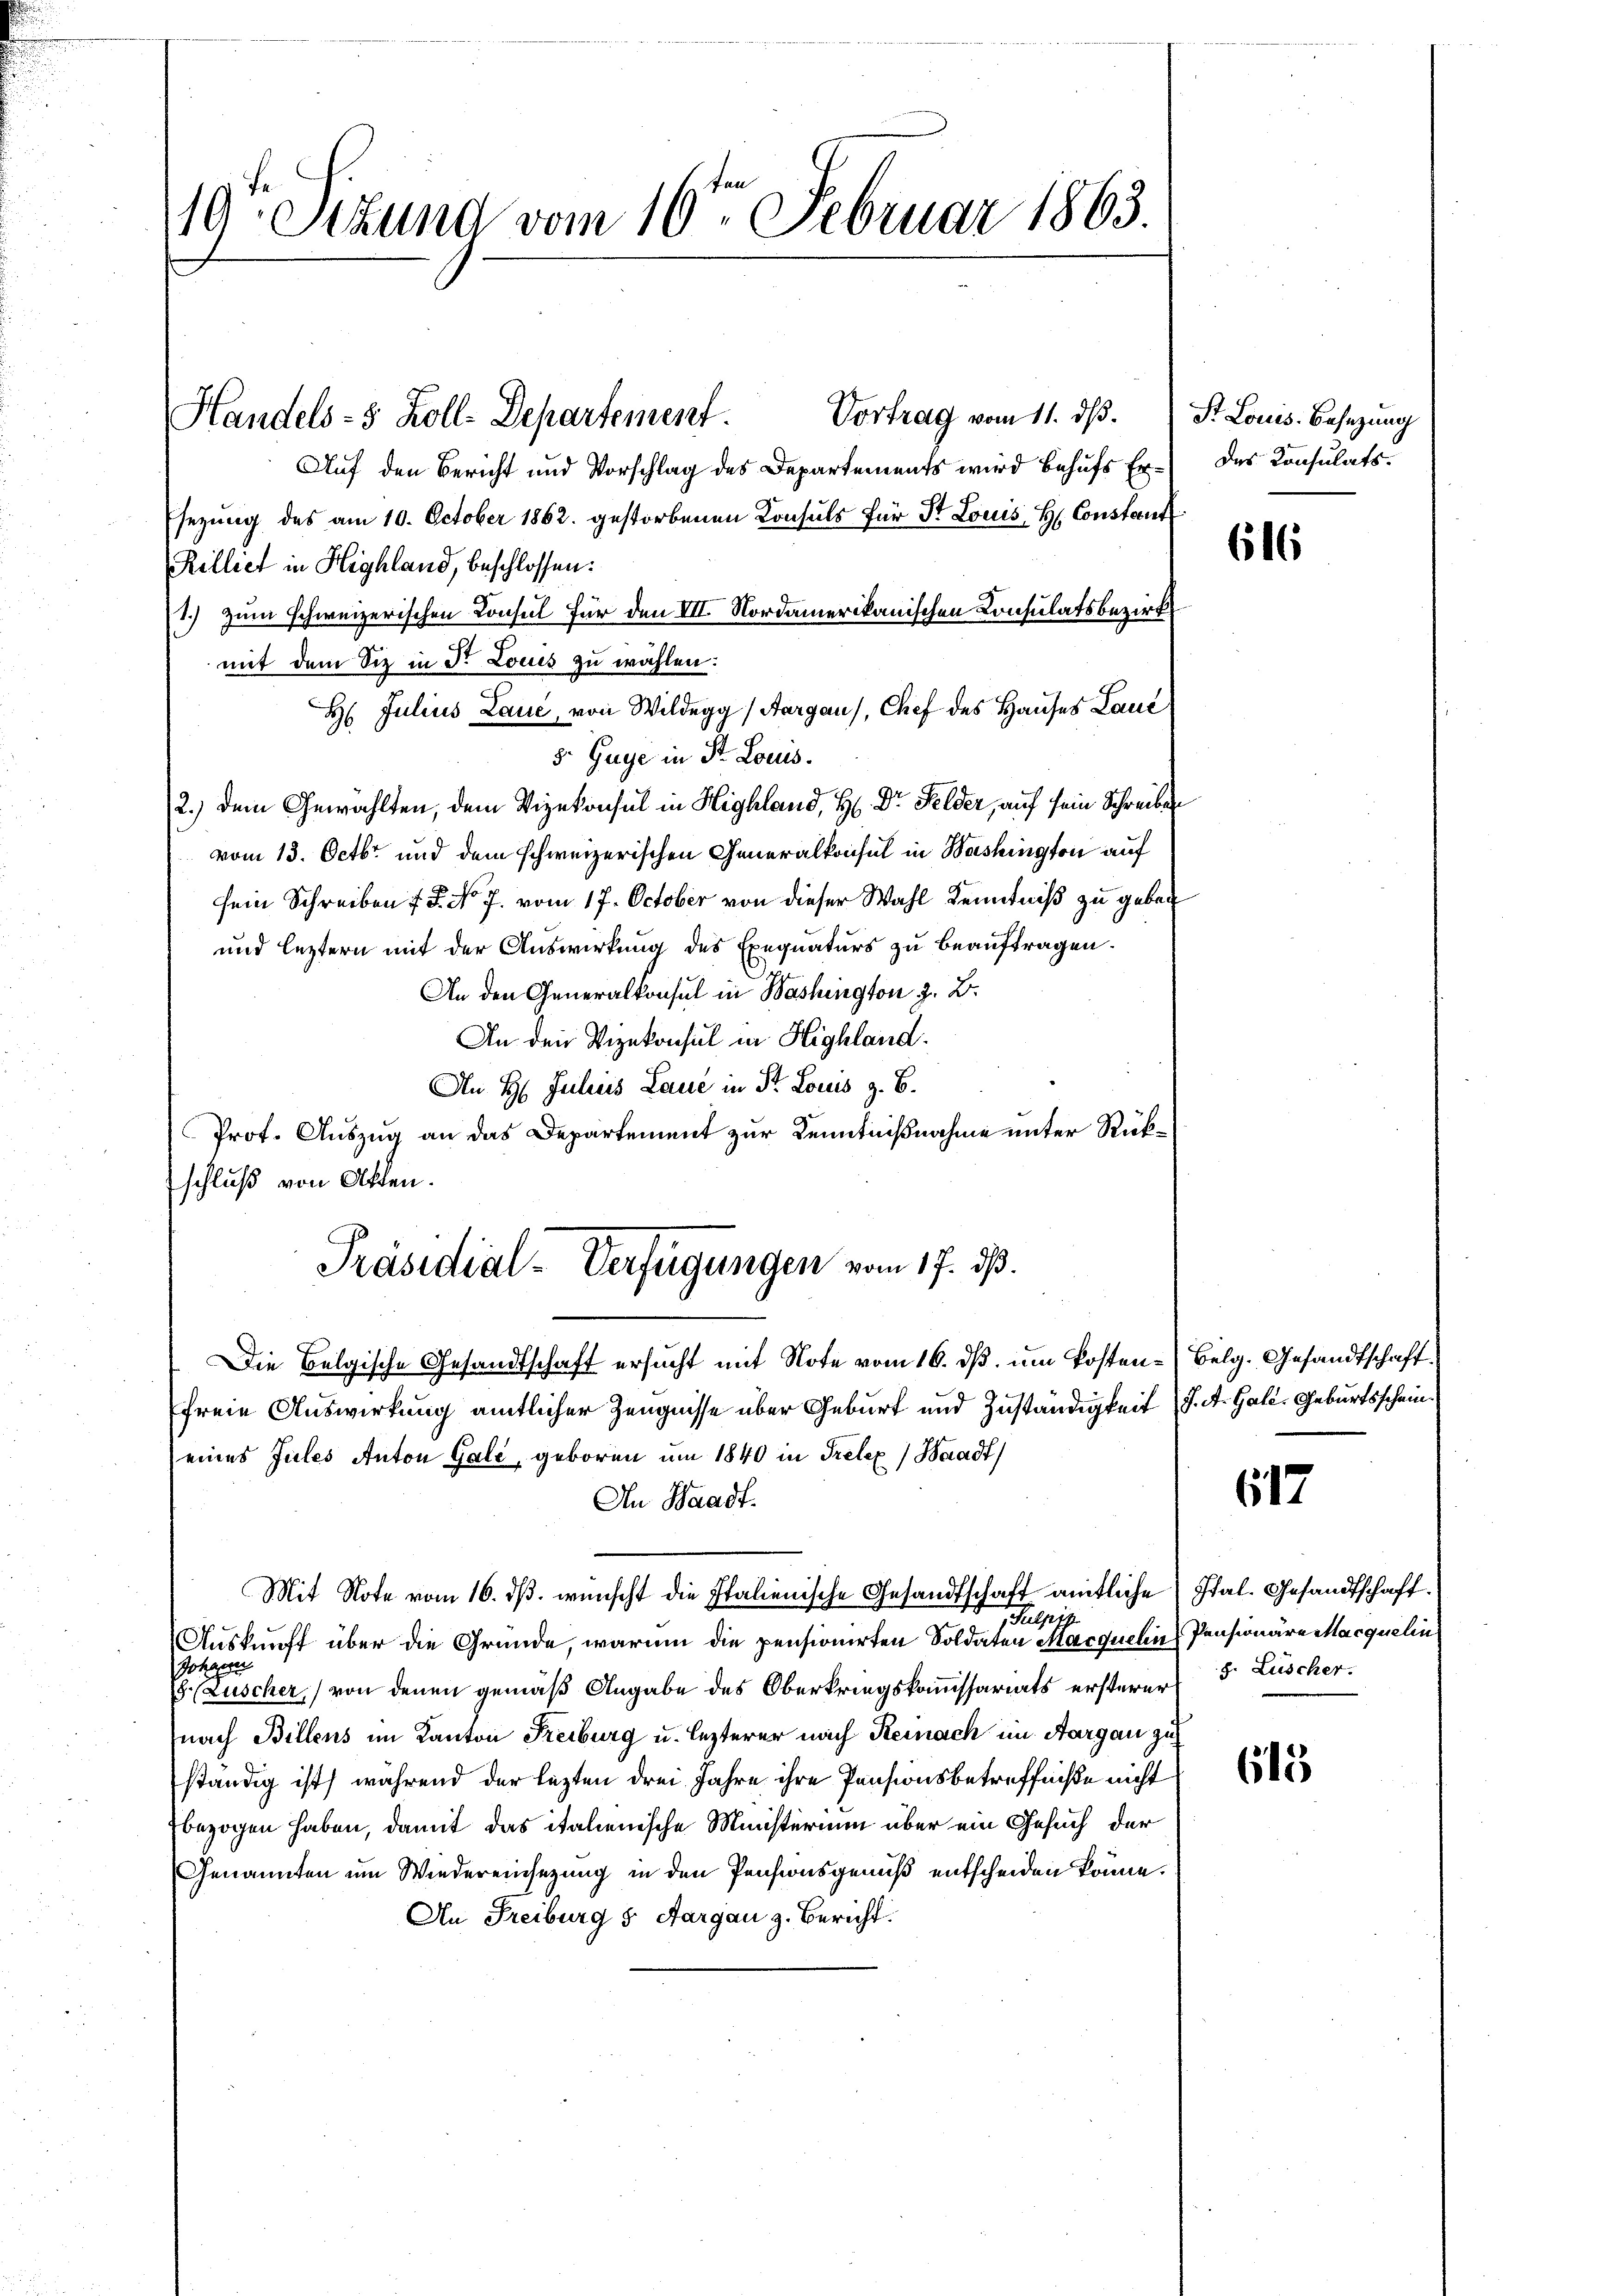
19. Stund vom 10ten Februar 1863.

Vortrag vom 11. dβ. St. Louis Besetzung
Auf den Bericht und Vorschlag des Departements wird behufs Er das Konsulatssezung des am 10. October 1862. gestorbenen Konsuls für St. Louis H. Constant
Rilliet in Highland, beschlossen:
1.) zum schweizerischen Konsul für den III. Nordamerikanischen Consulatsbezirk
mit dem Siz in Dr. Louis zu wählen:
H Julius Lauc, von Wildegg (Aargau), Chef des Hauses Laue
s. Guge in St. Louis.
2.) Dem Gewählten, dem Vizekonsul in Highland, H. Dr Felder, auf sein Schreiben
vom 13. Octbr. und dem schweizerischen Generalkonsul in Washington auf
sein Schreiben f. No. 7. vom 17. October von dieser Wahl Kenntniß zu geben
und leztern mit der Auswirkung des Exequaturs zu beauftragen.
An den Generalkonsul in Washington z. B.
An den Vizekonsul in Highland.
An H. Juliis Laue in St. Louis z. B.
Prof. Auszug an das Departement zur Kenntnißnahme unter Rückschluß von Akten.
Präsidial-Verfügungen vom 17. ds.
Die Belgische Gesandtschaft ersucht mit Note vom 16. ds. um Kosten-Belg. Gesandtschaft
freie Auswirkung amtlicher Zeugnisse über Geburt und Zuständigkeit (J. A. Gale. Geburtsscheineines Jules Anton Gale, geboren um 1840 in Prelex Waadt)
An Waadt.
Mit Note vom 16. ds. wünscht die Italienische Gesandtschaft amtliche Ital. Gesandtschaft.
Sulpir
Auskunft über die Gründe, warum die pensionirten Soldaten Marquelin, Pensionäre Macquelin
Johanne
Luscher, von denen gemäß Angabe des Oberkriegskommissariats ersterer 5 Lüscher.
nach Billens im Kanton Freiburg u. lezterer nach Reinach im Aargau zu
ständig ist, während der lezten drei Jahre ihre Pensionsbetreffniße nicht
bezogen haben, damit das italienische Ministerium über ein Gesuch der
Genannten um Wiedereinsezung in den Pensionsgenuß entscheiden könne.
An Freiburg s. Aargau z. Bericht.

Handels- 5 Zoll-Departement.

616

617

615